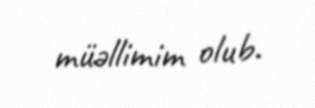
müəllimim olub.